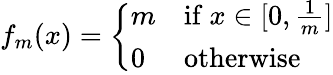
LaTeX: f_{m}(x)={\left\{ \begin{array}{ll}{m}&{{\mathrm{if~}}x\in[0,{\frac{1}{m}}]}\\ {0}&{{\mathrm{otherwise}}}\end{array}\right.}